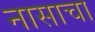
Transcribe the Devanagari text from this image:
नासाचा